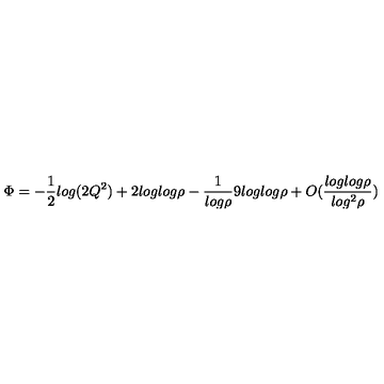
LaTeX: \Phi = - \frac { 1 } { 2 } l o g ( 2 Q ^ { 2 } ) + 2 l o g l o g \rho - \frac { 1 } { l o g \rho } 9 l o g l o g \rho + O ( \frac { l o g l o g \rho } { l o g ^ { 2 } \rho } )